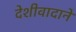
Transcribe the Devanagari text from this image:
देशीवादाने